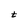
Character: t